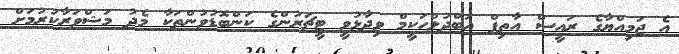
އެ ޖަމިއްޔާގެ ރައީސް އާތިފް އަބްދުލްހަކީމް ވިދާޅުވީ ޓީޗަރުންގެ ކަންބޮޑުވުންތަކާ މެދު މަޝްވަރާކުރުމަށް